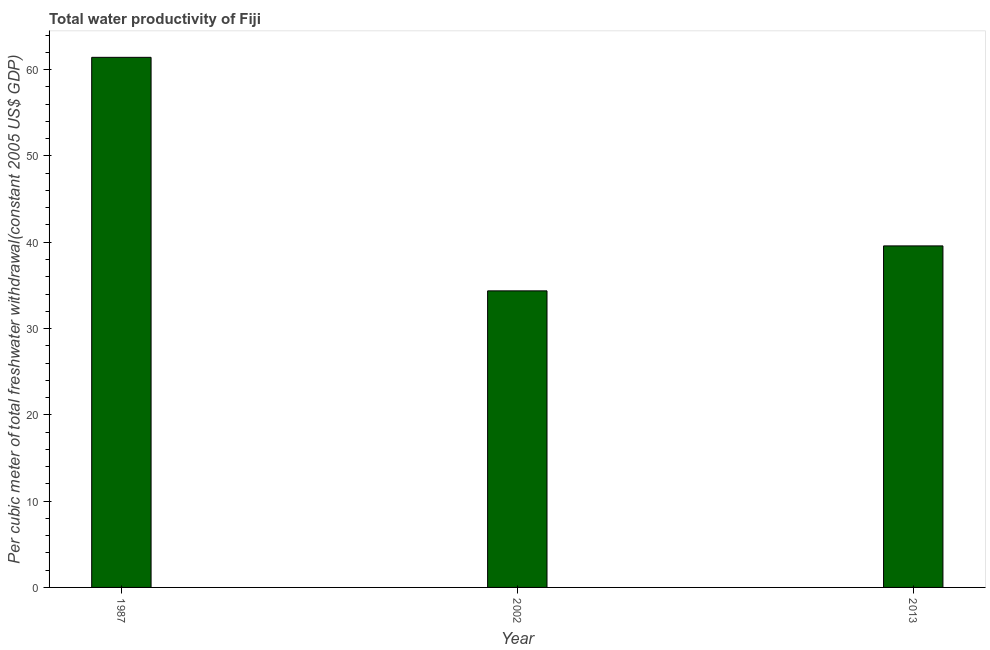
| Year | Water productivity |
 | --- | --- |
 | 1987 | 61.4 |
 | 2002 | 34.4 |
 | 2013 | 39.6 |